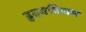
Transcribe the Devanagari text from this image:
हृदयविराम